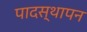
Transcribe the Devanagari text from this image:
पादस्थापन